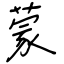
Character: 蒙